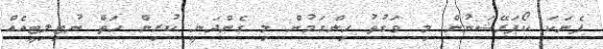
ފެނަކަ ކޯޕަރޭޝަނުން މި ވަގުތު ހިންގަމުން މި ގެންދަނީ ކުރިން ހަތް ޔުޓިލިޓީއެއް